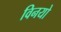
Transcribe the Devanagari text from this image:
विनयो